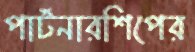
পার্টনারশিপের